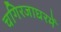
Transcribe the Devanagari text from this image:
चगिरजाघरमें